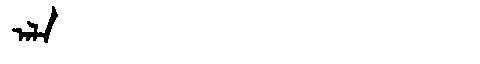
Manchu: ᠠᠯᠠ
Romanization: ALA